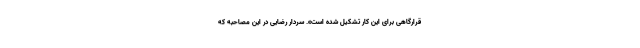
قرارگاهی برای این کار تشکیل شده است». سردار رضایی در این مصاحبه که